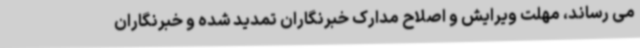
می رساند، مهلت ویرایش و اصلاح مدارک خبرنگاران تمدید شده و خبرنگاران